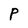
Character: P